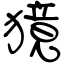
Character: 獍